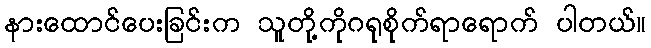
နားထောင်ပေးခြင်းက သူတို့ကိုဂရုစိုက်ရာရောက် ပါတယ်။